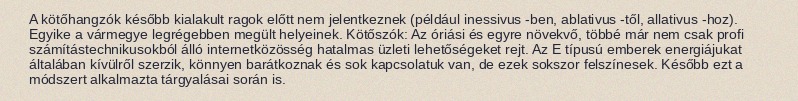
A kötőhangzók később kialakult ragok előtt nem jelentkeznek (például inessivus -ben, ablativus -től, allativus -hoz). Egyike a vármegye legrégebben megült helyeinek. Kötőszók: Az óriási és egyre növekvő, többé már nem csak profi számítástechnikusokból álló internetközösség hatalmas üzleti lehetőségeket rejt. Az E típusú emberek energiájukat általában kívülről szerzik, könnyen barátkoznak és sok kapcsolatuk van, de ezek sokszor felszínesek. Később ezt a módszert alkalmazta tárgyalásai során is.